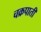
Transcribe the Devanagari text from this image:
चक्रपाती